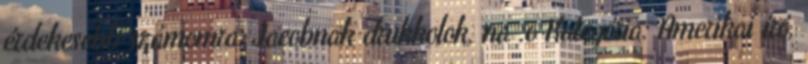
érdekesebb számomra. Jacobnak drukkolok, na :o Kategória: Amerikai író,